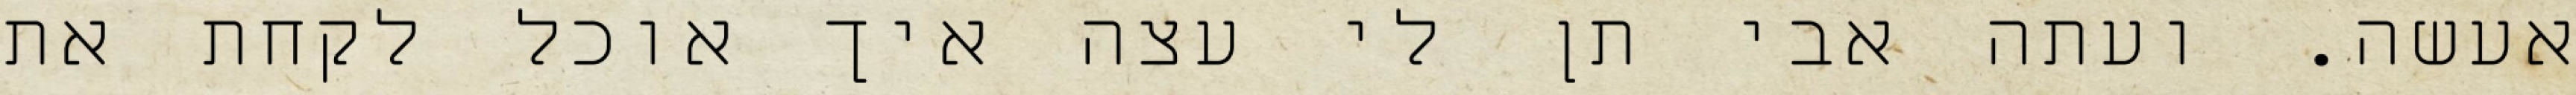
אעשה. ועתה אבי תן לי עצה איך אוכל לקחת את